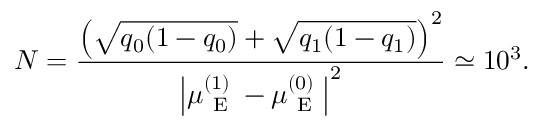
N = \frac { \left( \sqrt { q _ { 0 } ( 1 - q _ { 0 } ) } + \sqrt { q _ { 1 } ( 1 - q _ { 1 } ) } \right) ^ { 2 } } { \left| \mu _ { \mathrm { ~ E ~ } } ^ { ( 1 ) } - \mu _ { \mathrm { ~ E ~ } } ^ { ( 0 ) } \right| ^ { 2 } } \simeq 1 0 ^ { 3 } .